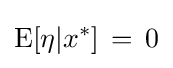
\operatorname {E} [\eta |x^{*}]\,=\,0